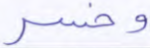
وخسر